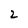
Character: 2